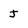
Character: J